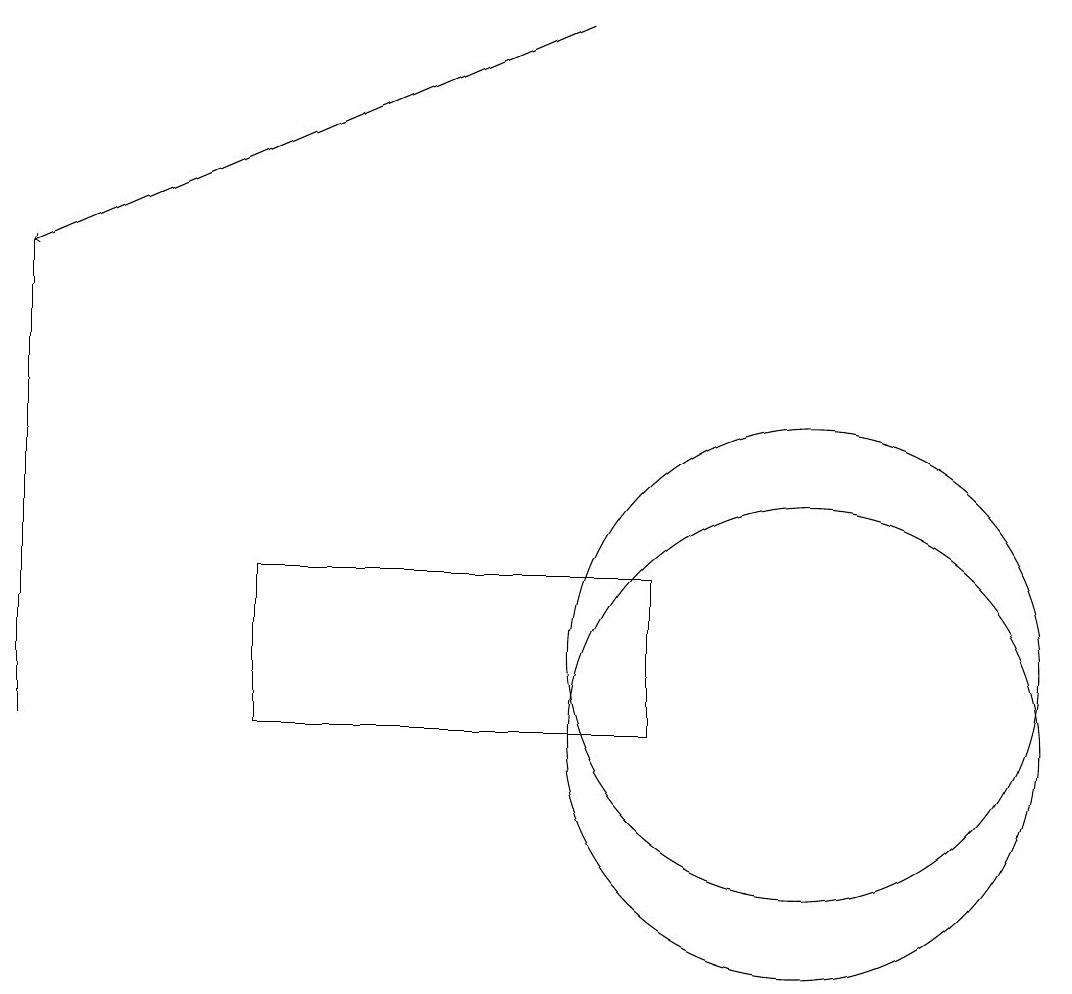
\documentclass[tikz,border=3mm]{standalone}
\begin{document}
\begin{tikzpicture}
\draw (11,11) circle (3);
\draw (11,10) circle (3);
\draw (1,10) rectangle (1,16);
\draw[->] (8,19) -- (1,16);
\draw (4,10) rectangle (9,12);
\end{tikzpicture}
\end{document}